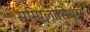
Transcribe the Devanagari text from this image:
सम्पिलीसियस